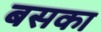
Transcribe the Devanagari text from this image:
बसका